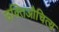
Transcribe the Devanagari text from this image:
उक्तिऔचित्य